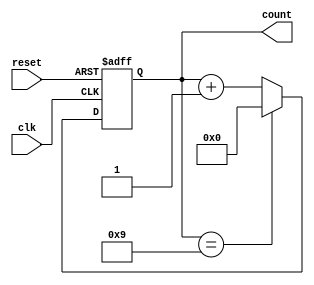
module DecadeCounter (
    input wire clk,        // Clock input
    input wire reset,      // Asynchronous reset input
    output reg [3:0] count // 4-bit count output
);

    // Always block triggered by the clock or reset
    always @(posedge clk or posedge reset) begin
        if (reset) begin
            // Asynchronous reset to 0
            count <= 4'b0000;
        end else begin
            // Counting logic
            if (count == 4'b1001) begin
                count <= 4'b0000; // Reset to 0 when count reaches 10 (binary 1010)
            end else begin
                count <= count + 1; // Increment the counter
            end
        end
    end
endmodule